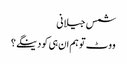
شمس جیلانی
ووٹ تو ہم ان ہی کو دینگے ؟